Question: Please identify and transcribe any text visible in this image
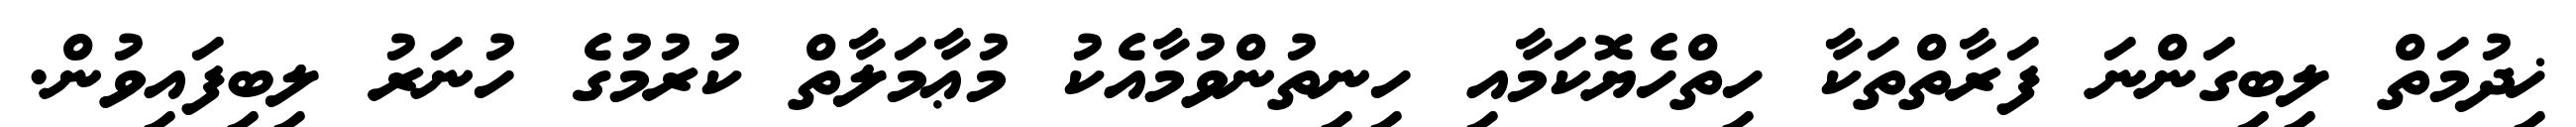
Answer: ޚިދުމަތް ލިބިގަންނަ ފަރާތްތަކާ ހިތްހެޔޮކަމާއި ހިނިތުންވުމާއެކު މުޢާމަލާތް ކުރުމުގެ ހުނަރު ލިބިފައިވުން.